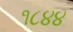
૧૮૪૪